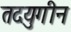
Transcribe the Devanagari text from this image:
तदयुगीन